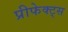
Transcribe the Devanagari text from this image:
प्रीफेक्ट्स